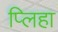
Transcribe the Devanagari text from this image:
प्लिहा